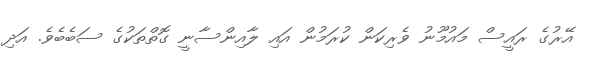
އޭރުގެ ރައީސް މައުމޫނު ވެރިކަން ކުރަމުން އައި ލާއިންސާނީ ގޮތްތަކުގެ ސަބެބެވެ. އަދި